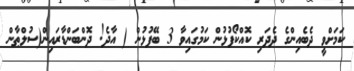
ކަމަށްވީ ދެބެއިންގެ ދެދަރި ކޮއްކޯފުޅުން ކަމުގައިވާ 3 ބޭފުޅުން ( އާދެ! ދޮންބަންޑާރައިން(ސުލްޠާން